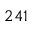
^ { 2 4 1 }